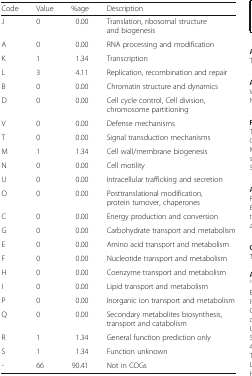
| Code | Value | %age | Description |
 | --- | --- | --- | --- |
 | J | 0 | 0.00 | Translation, ribosomal structure and biogenesis |
 | A | 0 | 0.00 | RNA processing and modification |
 | K | 1 | 1.34 | Transcription |
 | L | 3 | 4.11 | Replication, recombination and repair |
 | B | 0 | 0.00 | Chromatin structure and dynamics |
 | D | 0 | 0.00 | Cell cycle control, Cell division, chromosome partitioning |
 | V | 0 | 0.00 | Defense mechanisms |
 | T | 0 | 0.00 | Signal transduction mechanisms |
 | M | 1 | 1.34 | Cell wall/membrane biogenesis |
 | N | 0 | 0.00 | Cell motility |
 | U | 0 | 0.00 | Intracellular trafficking and secretion |
 | O | 0 | 0.00 | Posttranslational modification, protein turnover, chaperones |
 | C | 0 | 0.00 | Energy production and conversion |
 | G | 0 | 0.00 | Carbohydrate transport and metabolism |
 | E | 0 | 0.00 | Amino acid transport and metabolism |
 | F | 0 | 0.00 | Nucleotide transport and metabolism |
 | H | 0 | 0.00 | Coenzyme transport and metabolism |
 | I | 0 | 0.00 | Lipid transport and metabolism |
 | P | 0 | 0.00 | Inorganic ion transport and metabolism |
 | Q | 0 | 0.00 | Secondary metabolites biosynthesis, transport and catabolism |
 | R | 1 | 1.34 | General function prediction only |
 | S | 1 | 1.34 | Function unknown |
 | - | 66 | 90.41 | Not in COGs |